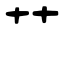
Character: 艹